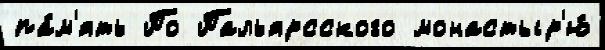
па́м'ять По Пальярсского монастыр'ю́